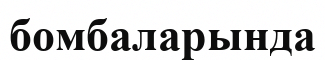
бомбаларында